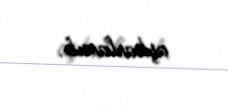
aşkarlanıb.